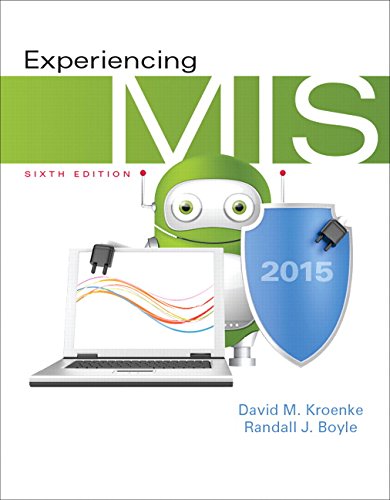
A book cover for Experiencing MIS (6th Edition); David M. Kroenke; Business & Money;